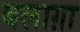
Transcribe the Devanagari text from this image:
बलाग़ा